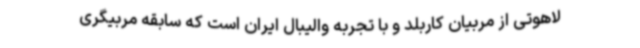
لاهوتی از مربیان کاربلد و با تجربه والیبال ایران است که سابقه مربیگری